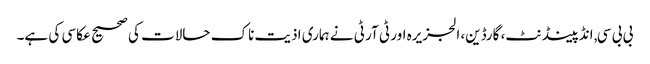
بی بی سی, انڈپینڈنٹ، گارڈین، الجزیرہ اور ٹی آر ٹی نے ہماری اذیت ناک حالات کی صحیح عکاسی کی ہے۔